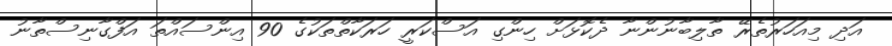
އަދި މިއަހަރުތެރޭ ތާލިބާނުންނާ ދެކޮޅަށް ހިންގި އަސްކަރީ ހަރަކާތްތަކުގެ 90 އިންސައްތަ އަފްގާނިސްތާނު